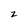
Character: 2